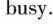
busy.